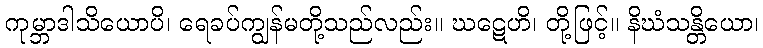
ကုမ္ဘာဒါသိယောပိ၊ ရေခပ်ကျွန်မတို့သည်လည်း။ ဃဋေဟိ၊ တို့ဖြင့်။ နိဃံသန္တိယော၊